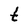
Character: t